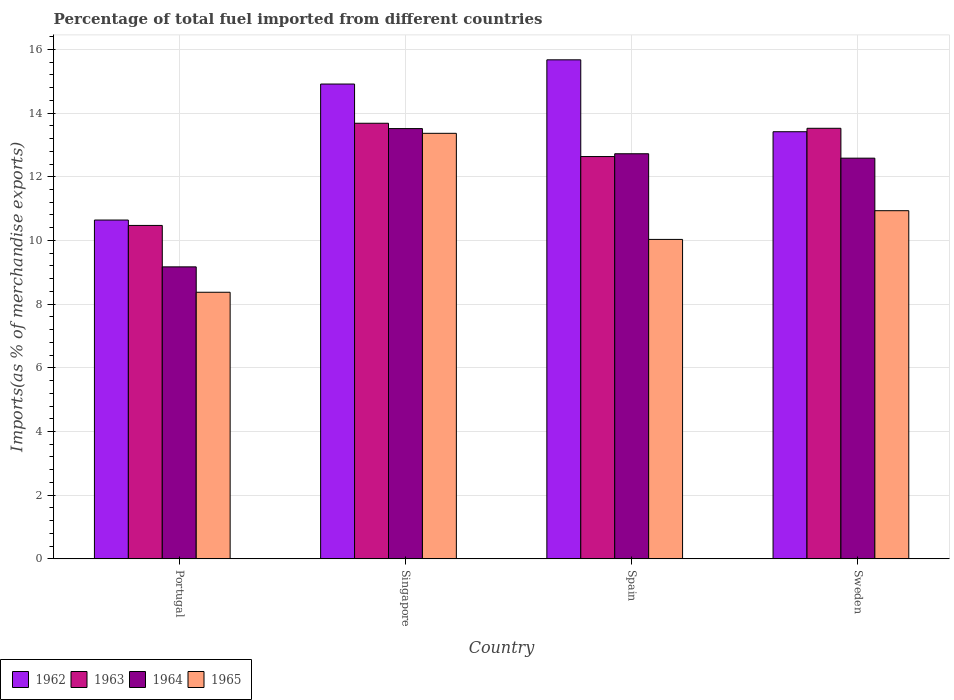
| Country | 1962 | 1963 | 1964 | 1965 |
 | --- | --- | --- | --- | --- |
 | Portugal | 10.6 | 10.5 | 9.17 | 8.37 |
 | Singapore | 14.9 | 13.7 | 13.5 | 13.4 |
 | Spain | 15.7 | 12.6 | 12.7 | 10 |
 | Sweden | 13.4 | 13.5 | 12.6 | 10.9 |